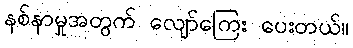
နစ်နာမှုအတွက် လျော်ကြေး ပေးတယ်။